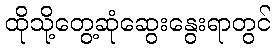
ထိုသို့တွေ့ဆုံဆွေးနွေးရာတွင်